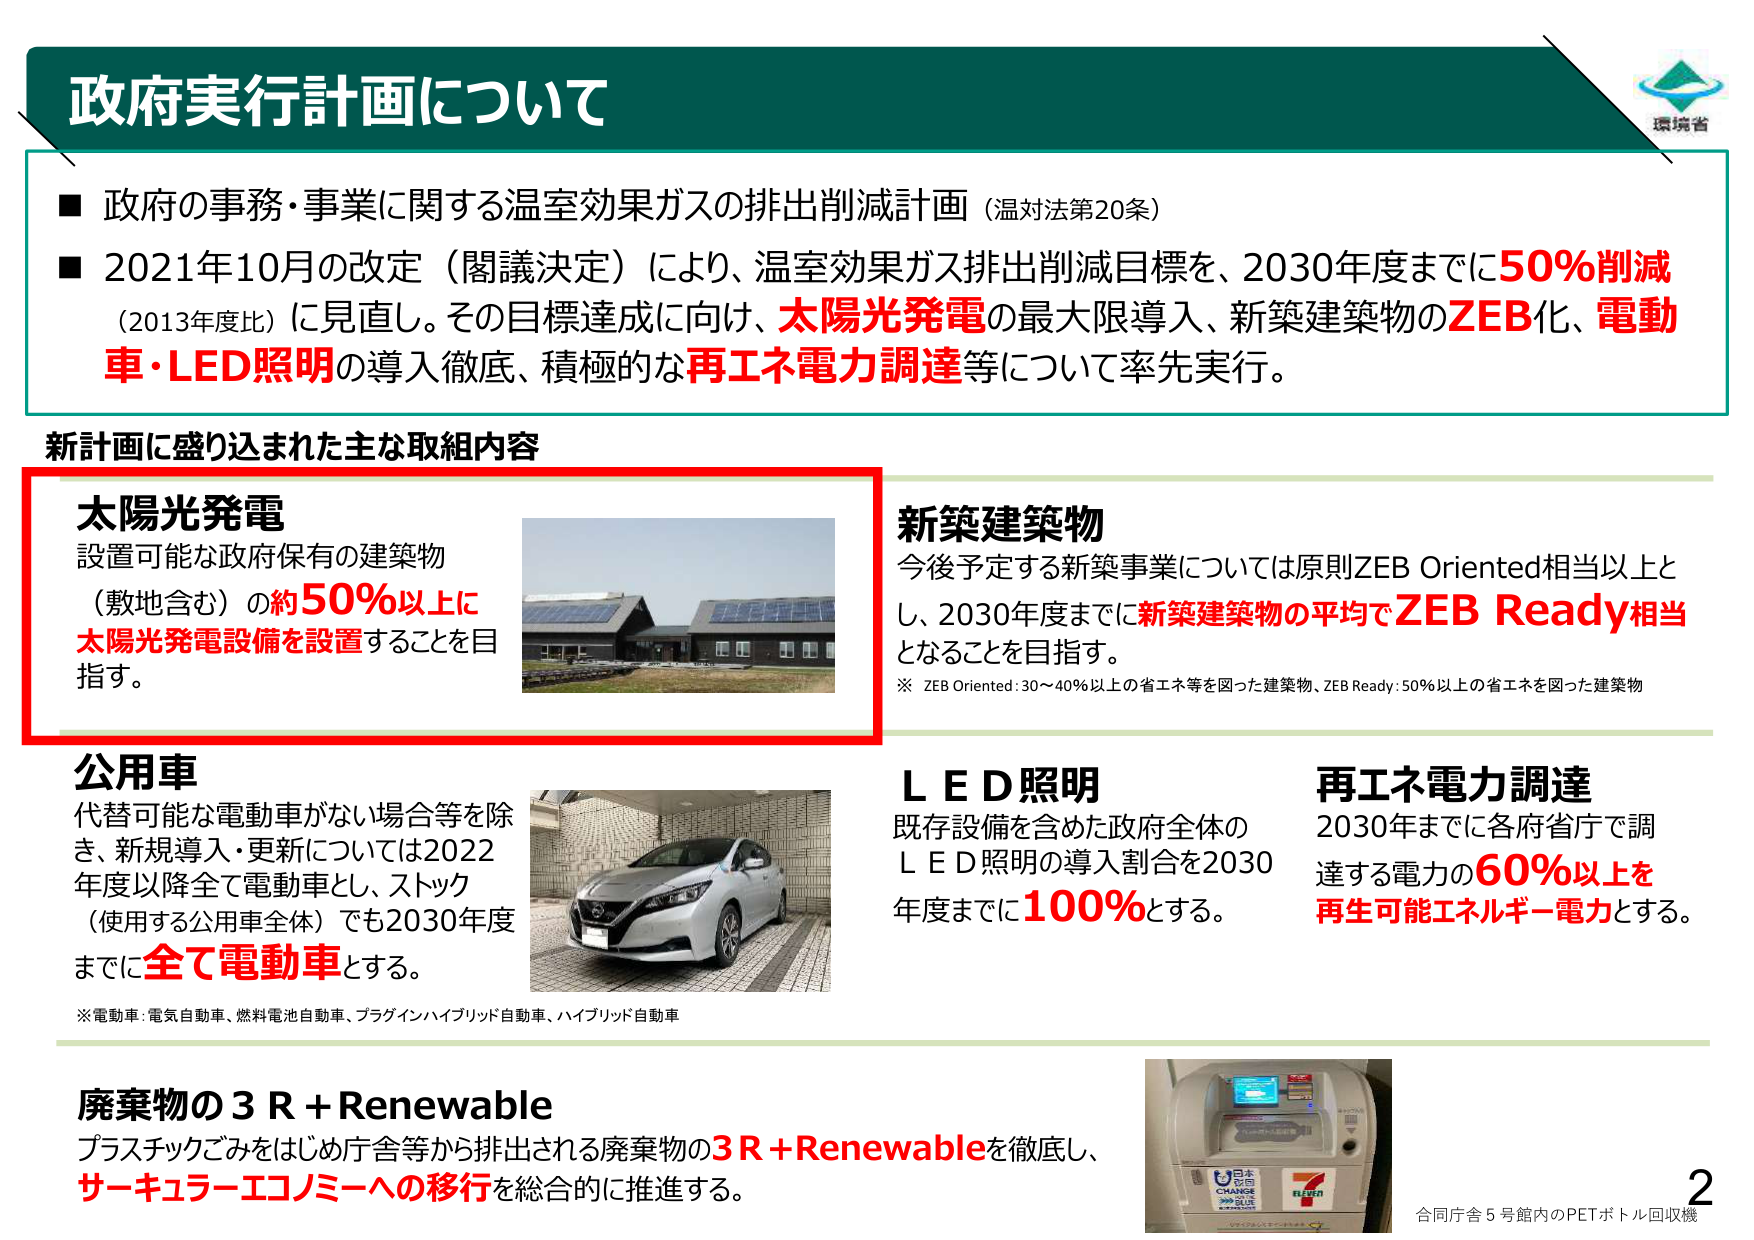
政府実行計画について

■ 政府の事務・事業に関する温室効果ガスの排出削減計画（温対法第20条）
■ 2021年10月の改定（閣議決定）により、温室効果ガス排出削減目標を、2030年度までに50%削減（2013年度比）に見直し。その目標達成に向け、太陽光発電の最大限導入、新築建築物のZEB化、電動車・LED照明の導入徹底、積極的な再エネ電力調達等について率先実行。

新計画に盛り込まれた主な取組内容

太陽光発電
設置可能な政府保有の建築物（敷地含む）の約50%以上に太陽光発電設備を設置することを目指す。

新築建築物
今後予定する新築事業については原則ZEB Oriented相当以上とし、2030年度までに新築建築物の平均でZEB Ready相当となることを目指す。
※ ZEB Oriented: 30～40%以上の省エネ等を図った建築物、ZEB Ready: 50%以上の省エネを図った建築物

公用車
代替可能な電動車がない場合等を除き、新規導入・更新については2022年度以降全て電動車とし、ストック（使用する公用車全体）でも2030年度までに全て電動車とする。
※電動車: 電気自動車、燃料電池自動車、プラグインハイブリッド自動車、ハイブリッド自動車

ＬＥＤ照明
既存設備を含めた政府全体のＬＥＤ照明の導入割合を2030年度までに100%とする。

再エネ電力調達
2030年までに各府省庁で調達する電力の60%以上を再生可能エネルギー電力とする。

廃棄物の3R＋Renewable
プラスチックごみをはじめ庁舎等から排出される廃棄物の3R＋Renewableを徹底し、サーキュラーエコノミーへの移行を総合的に推進する。

環境省

2
合同庁舎5号館内のPETボトル回収機